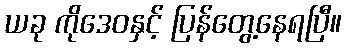
ယခု ကိုဒေဝနှင့် ပြန်တွေ့နေရပြီ။